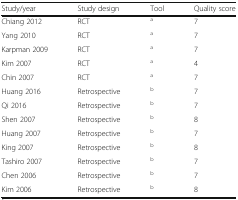
| Study/year | Study design | Tool | Quality score |
 | --- | --- | --- | --- |
 | Chiang 2012 | RCT | a | 7 |
 | Yang 2010 | RCT | a | 7 |
 | Karpman 2009 | RCT | a | 7 |
 | Kim 2007 | RCT | a | 4 |
 | Chin 2007 | RCT | a | 7 |
 | Huang 2016 | Retrospective | b | 7 |
 | Qi 2016 | Retrospective | b | 7 |
 | Shen 2007 | Retrospective | b | 8 |
 | Huang 2007 | Retrospective | b | 7 |
 | King 2007 | Retrospective | b | 8 |
 | Tashiro 2007 | Retrospective | b | 7 |
 | Chen 2006 | Retrospective | b | 7 |
 | Kim 2006 | Retrospective | b | 8 |